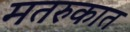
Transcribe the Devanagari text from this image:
मतरुकात